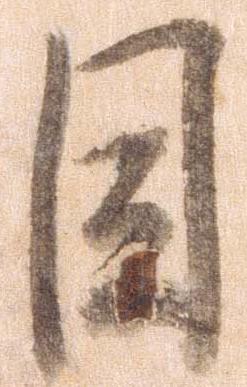
目